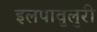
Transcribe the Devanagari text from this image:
इलपावुलुरी